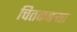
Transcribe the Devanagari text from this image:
चितकबऱ्या